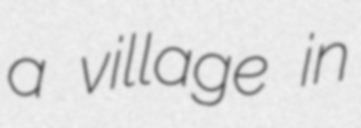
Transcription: a village in